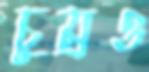
চুম্‌রও